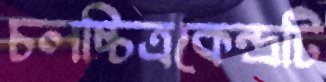
চলচ্চিত্রকেন্দ্রটি